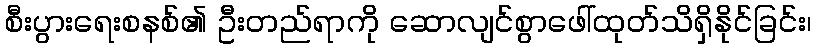
စီးပွားရေးစနစ်၏ ဦးတည်ရာကို ဆောလျင်စွာဖေါ်ထုတ်သိရှိနိုင်ခြင်း၊